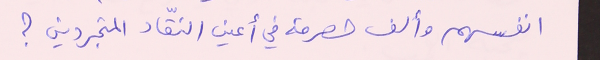
انفسهم وألف حصرمة في أعين النقّاد المتجردين ؟